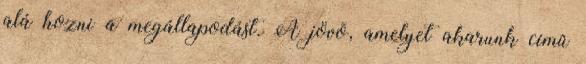
alá hozni a megállapodást. A jövõ, amelyet akarunk címû